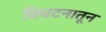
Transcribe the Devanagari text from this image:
विघटनातून